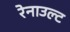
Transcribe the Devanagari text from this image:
रेनाउल्ट